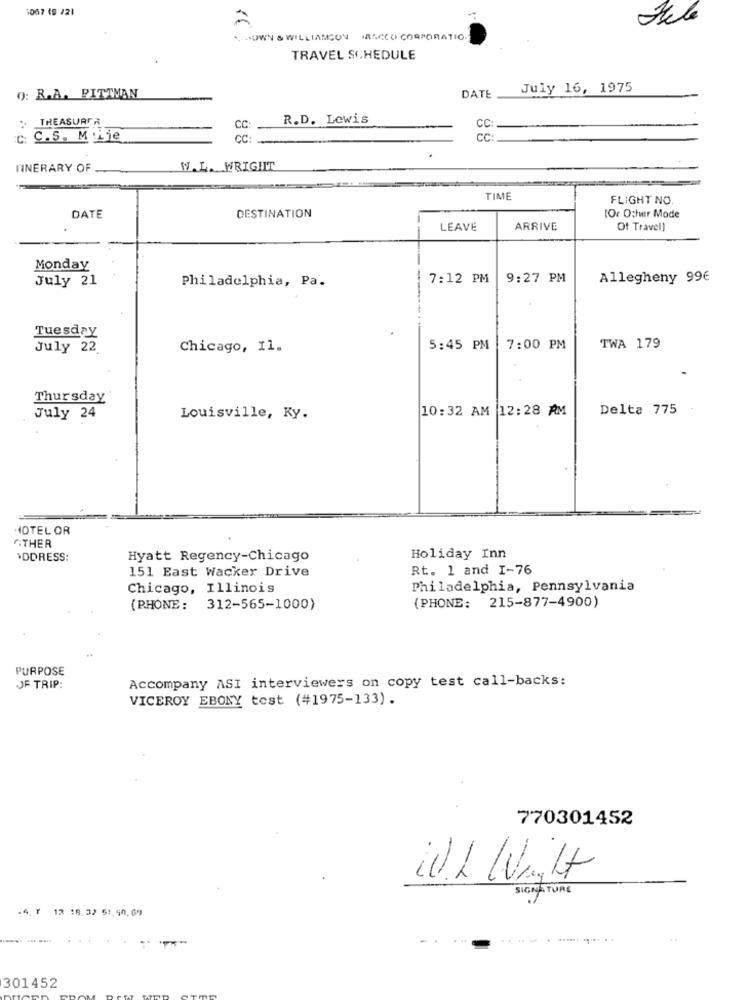
1067 19 121
LOWN & WILLIAMSON MACCO CORPORATIO
TRAVEL SCHEDULE
DATE
July 16, 1975
O: R.A. PITTMAN
TREASURER
R.D. Lewis
CC
CC
C.S. MLje
CC:
CC:
TINERARY OF
W.L. WRIGHT
TIME
FLIGHT NO.
DESTINATION
DATE
[Or Other Mode
LEAVE
ARRIVE
Of Travel)
Monday
July 21
7:12 PM
9:27 PM
Allegheny 99€
Philadelphia, Pa.
Tuesday
July 22
Chicago, Il.
5:45 PM
7:00 PM
TWA 179
Thursday
10:32 AM 12:28 AM
Delta 775
July 24
Louisville, Ky.
HOTEL OR
THER
ADDRESS:
Hyatt Regency-Chicago
Holiday Inn
151 East Wacker Drive
Rt. 1 and I-76
Chicago, Illinois
Philadelphia, Pennsylvania
(PHONE: 215-877-4900)
(PHONE: 312-565-1000)
PURPOSE
Accompany ASI interviewers on copy test call-backs:
JF TRIP:
VICEROY EBONY test (#1975-133).
770301452
-
WUL Wight
SIGNATURE
.4. 1
12 18.32 51. 40, 69
-
...........
301452